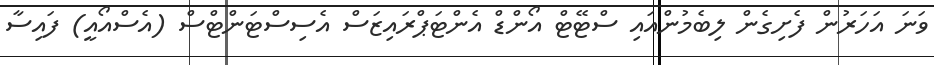
ވަނަ އަހަރުން ފެށިގެން ލިބެމުންއައި ސްޓޭޓް އޯންޑް އެންޓަޕްރައިޒަސް އެސިސްޓަންޓްސް (އެސްއޯއީ) ފައިސާ